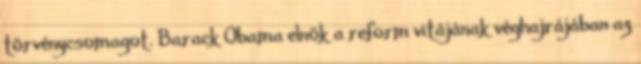
törvénycsomagot. Barack Obama elnök a reform vitájának véghajrájában az